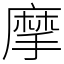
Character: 摩